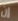
إن